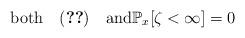
LaTeX: \begin{align*}\textrm{both}\quad\eqref{eq:X-continuous}\quad\textrm{and}\mathbb{P}_{x}[\zeta<\infty]=0\end{align*}